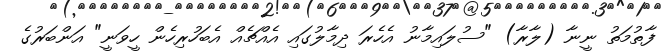
ފާތުމަތު ނީނާ (ލާރާ) "ސުލައިމާނު އެހެރަ ދިމާލުގައި އެއްޗެއް އެބަހުރިހެން ހީވަނީ" އަންބަރުގެ